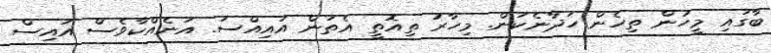
ބާގައި މީހުން ތިހެން ހަދާނެކަން. މިހާރު ތިއޮތީ އެތަން އައިއްސަ. އަނެއްކާވެސް އައިސް